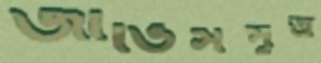
জার্ভিসপুত্র